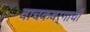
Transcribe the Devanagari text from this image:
वाचकवर्गाचो